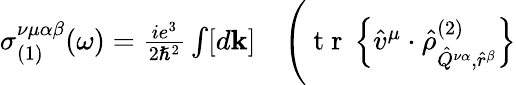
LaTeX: \begin{array}{rl}{\sigma_{(1)}^{\nu\mu\alpha\beta}(\omega)=\frac{ie^{3}}{2\hslash^{2}}\int[d\mathbf{k}]}&{{}\Bigg(\mathrm{~t~r~}\left\{ \hat{v}^{\mu}\cdot\hat{\rho}_{\hat{Q}^{\nu\alpha},\hat{r}^{\beta}}^{(2)}\right\} }\end{array}